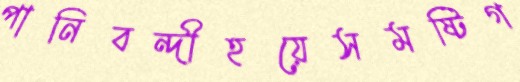
পানিবন্দীহয়েসমষ্টিগ